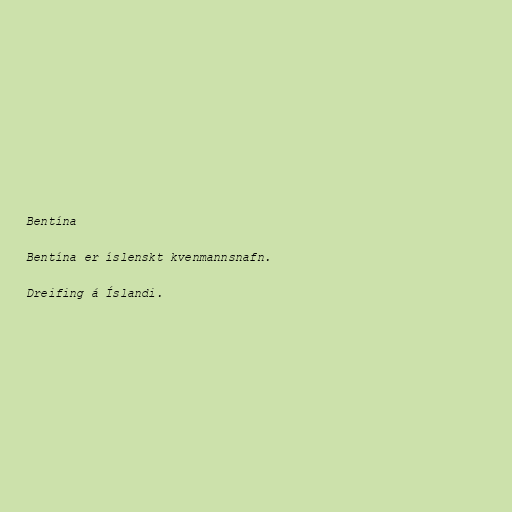
Bentína

Bentína er íslenskt kvenmannsnafn.

Dreifing á Íslandi.